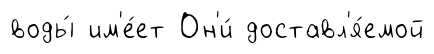
воды́ им'е́ет Он'и́ доставл'я́емой